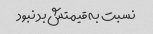
نسبت به قیمتش بد نبود